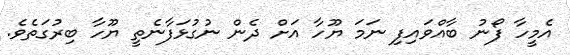
އެމީހާ ފޯނު ބާއްވައިފި ނަމަ ޔޫހާ އަށް ދެން ނުގުޅަފާނެތީ ޔޫހާ ބިރުގަތެވެ.